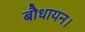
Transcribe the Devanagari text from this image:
बौधायन।